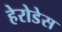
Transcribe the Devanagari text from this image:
हेरोडेस